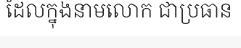
ដែលក្នុងនាមលោក ជាប្រធាន